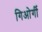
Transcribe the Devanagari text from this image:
गिओर्गी